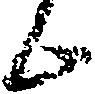
候